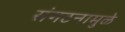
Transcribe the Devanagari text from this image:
संगठनामुळे